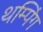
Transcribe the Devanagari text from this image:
थम्पिंग